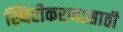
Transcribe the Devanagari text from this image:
स्थिरीकरणासाठी